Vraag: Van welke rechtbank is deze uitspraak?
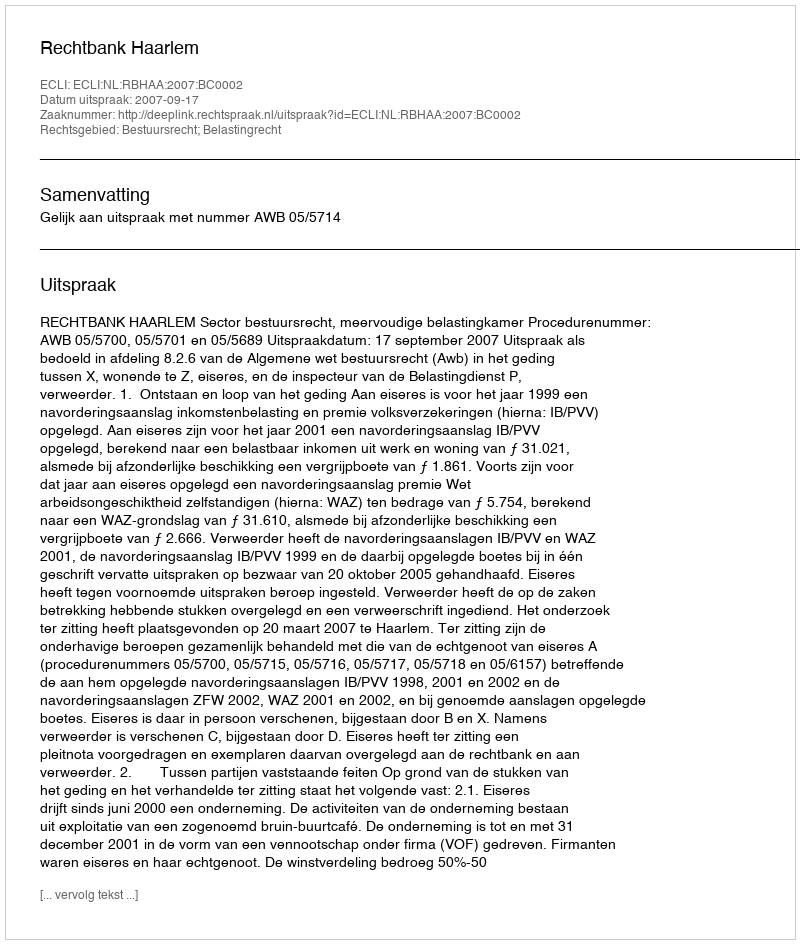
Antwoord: Rechtbank Haarlem